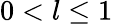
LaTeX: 0<l\leq 1